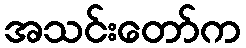
အသင်းတော်က